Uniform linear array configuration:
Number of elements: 12
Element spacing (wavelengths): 0.5
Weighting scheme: cosine
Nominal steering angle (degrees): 30
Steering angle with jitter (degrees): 29.759
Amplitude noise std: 0.05
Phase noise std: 0.05

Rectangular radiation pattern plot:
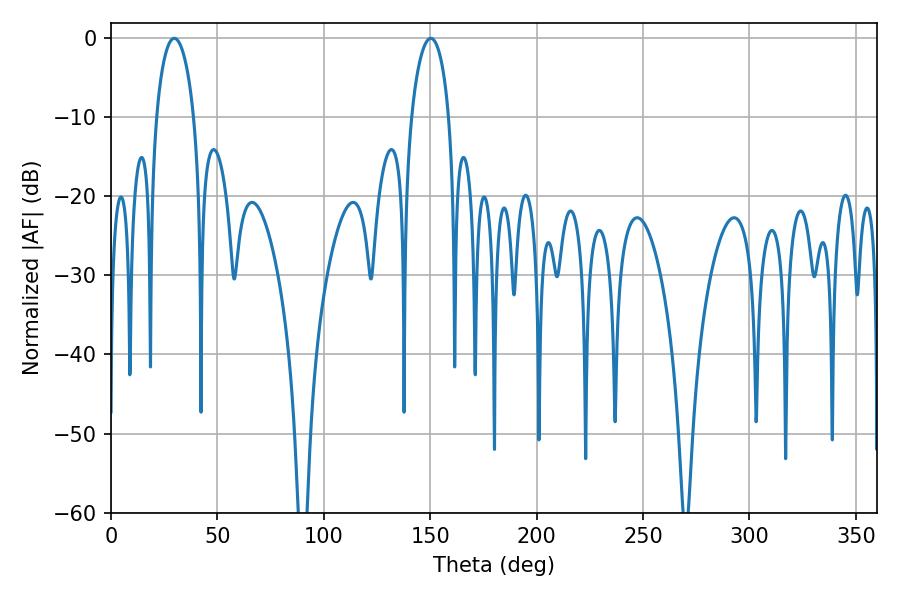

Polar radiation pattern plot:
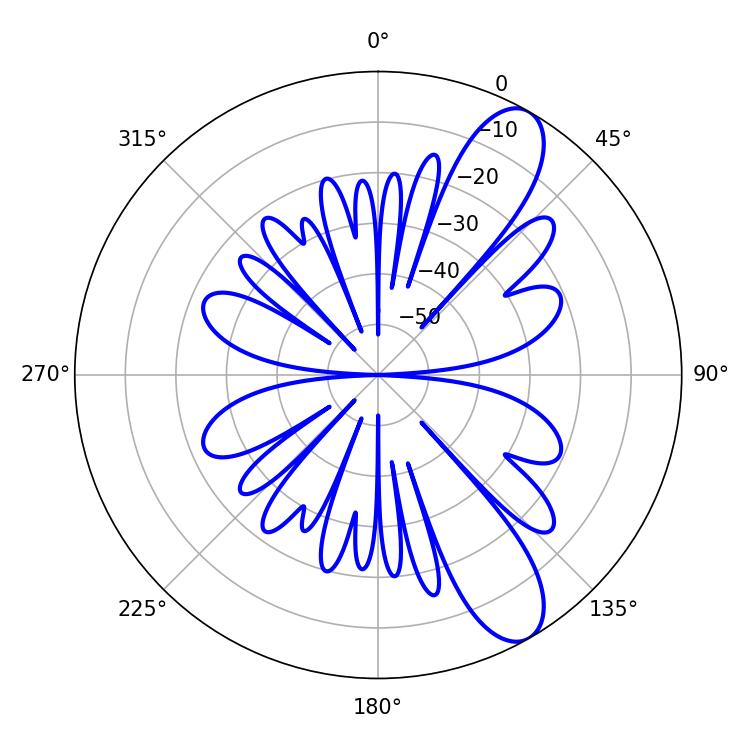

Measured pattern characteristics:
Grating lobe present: FALSE
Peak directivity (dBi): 10.211
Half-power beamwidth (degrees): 10.08
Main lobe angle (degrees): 29.7